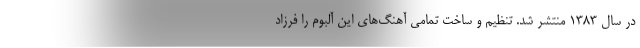
در سال 1383 منتشر شد. تنظیم و ساخت تمامی آهنگ‌های این آلبوم را فرزاد